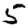
Digit: 5